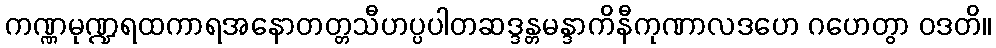
ကဏ္ဏမုဏ္ဍရထကာရအနောတတ္တသီဟပ္ပပါတဆဒ္ဒန္တမန္ဒာကိနီကုဏာလဒဟေ ဂဟေတွာ ဝဒတိ။